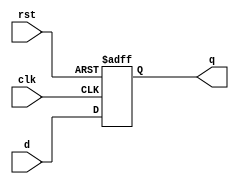
`timescale 1ns / 1ps
//////////////////////////////////////////////////////////////////////////////////
// Company: 
// Engineer: 
// 
// Design Name: 
// Module Name: flopr
// Project Name: 
// Target Devices: 
// Tool Versions: 
// Description: 
// 
// Dependencies: 
// 
// Revision:
// Revision 0.01 - File Created
// Additional Comments:
// 
//////////////////////////////////////////////////////////////////////////////////


module flopr #(parameter WIDTH = 8)(
    input wire clk,rst,
    input wire[WIDTH-1:0] d,
    output reg[WIDTH-1:0] q
    );
    always @(posedge clk, posedge rst) begin
        if(rst) begin
            q<=0;
            end
        else begin
            q<=d;
            end
     end
endmodule